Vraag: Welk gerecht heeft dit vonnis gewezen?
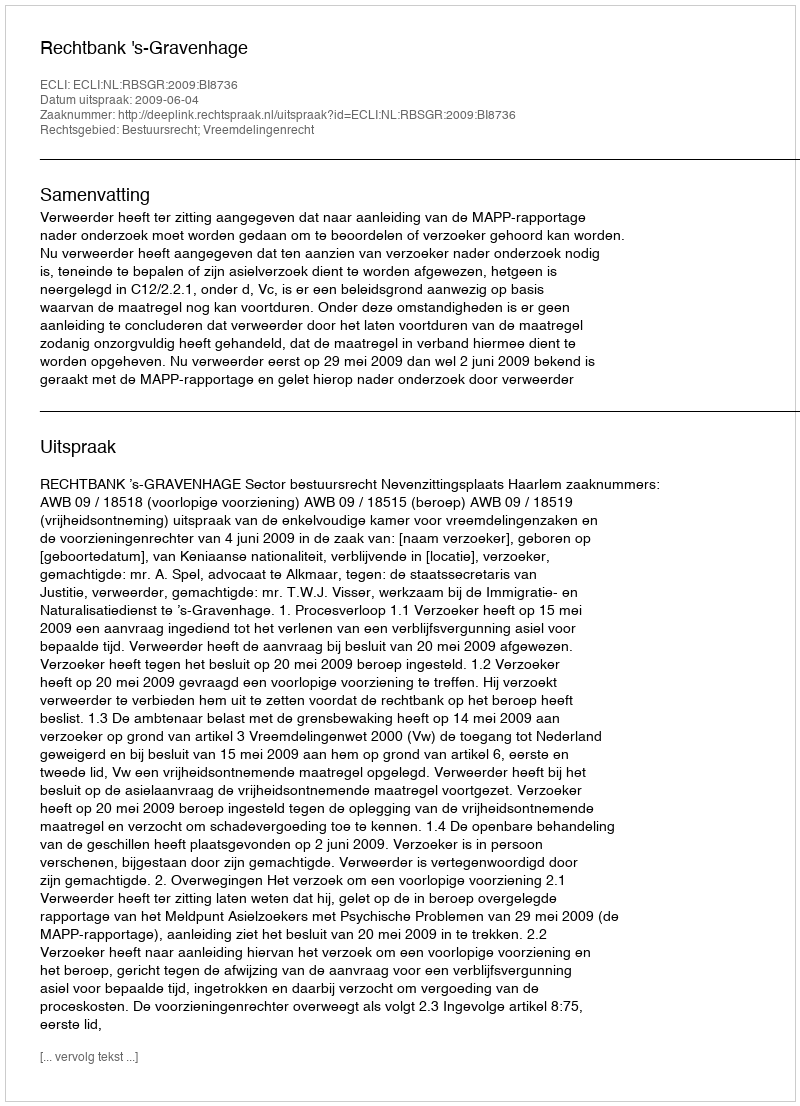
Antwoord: Rechtbank 's-Gravenhage